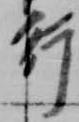
行